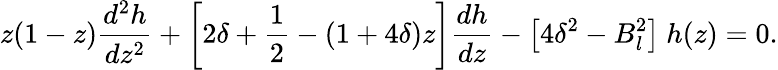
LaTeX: z(1-z)\frac{d^{2}h}{dz^{2}}+\left[2\delta+{\frac{1}{2}}-(1+4\delta)z\right]\frac{dh}{dz}-\left[4\delta^{2}-B_{l}^{2}\right]~h(z)=0.